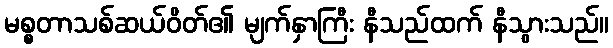
မစ္စတာသစ်ဆယ်ဝိတ်၏ မျက်နှာကြီး နီသည်ထက် နီသွားသည်။